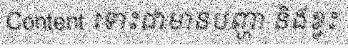
Content ទោះជាមានបញ្ហា និងខ្វះ